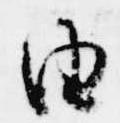
由